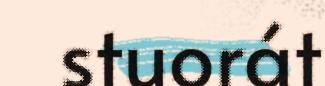
stuorát